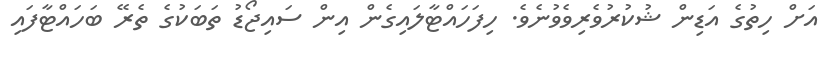
އަށް ހިތުގެ އަޑިން ޝުކުރުވެރިވެވުނެވެ. ހިފަހައްޓާލައިގެން އިން ސައިޖޯޑު ތަބަކުގެ ތެރޭ ބަހައްޓާފައި